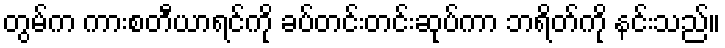
တွမ်က ကားစတီယာရင်ကို ခပ်တင်းတင်းဆုပ်ကာ ဘရိတ်ကို နင်းသည်။